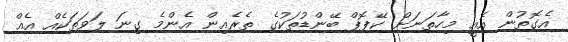
އެގޮތުން އެއީ މިހާތަނަށް ކޭޕޮޕް ބޭންޑުތަކުގެ ތެރެއިން އެންމެ ގިނަ ލަވަތަކެއް އެއް